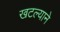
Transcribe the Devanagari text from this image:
खटल्याने